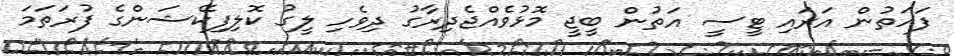
ފަހަތުން އަރައި ޓީސީ އަތުން ބީޖީ މޮޅުވެއްޖެދިރާގު ދިވެހި ލީގު ކޮލިފިކޭޝަންގެ ފުރަތަމަ